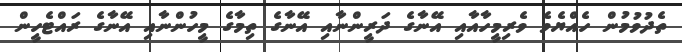
ތެދުވުމުން ހެއްޔެވެ ވެރިމީހާއާއި އޭނާގެ ދަރީންނާއި އޭނާގެ ތިމާގެ މީހުންނާއި އޭނާގެ ރައްޓެހީން